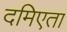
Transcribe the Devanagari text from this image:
दमिएता